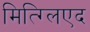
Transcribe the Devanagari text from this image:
मित्ग्लिएद